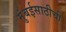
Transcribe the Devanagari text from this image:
मुंबईसाठीची